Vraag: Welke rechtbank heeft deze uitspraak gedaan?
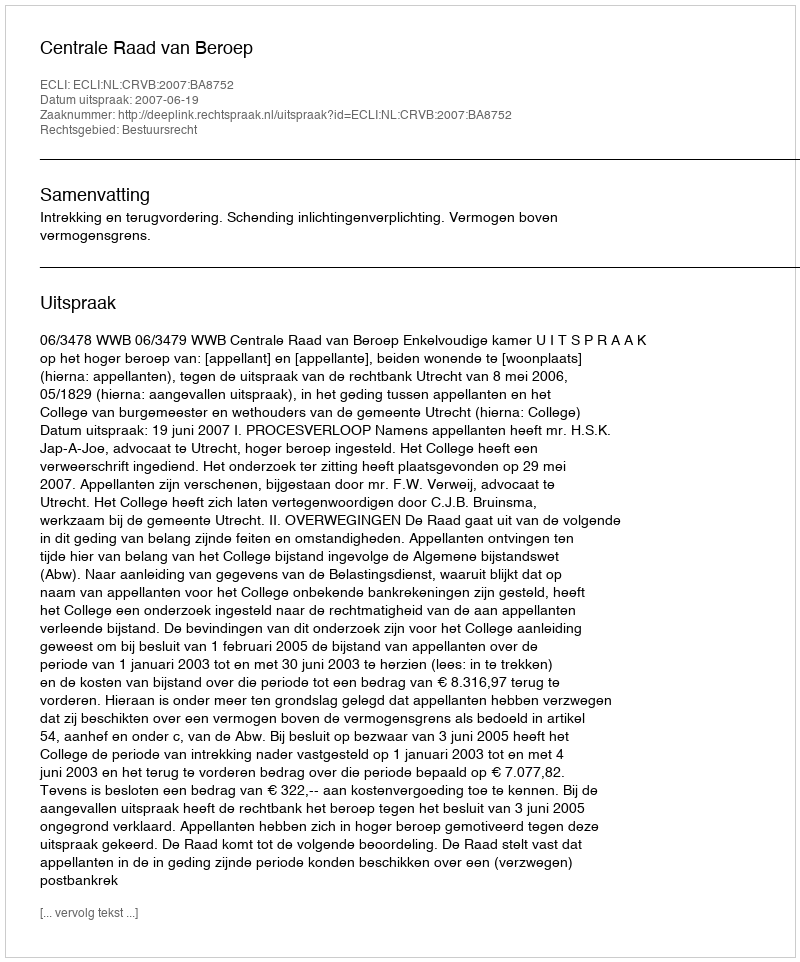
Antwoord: Centrale Raad van Beroep